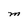
Character: M